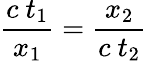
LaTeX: {\frac{c\ t_{1}}{x_{1}}}={\frac{x_{2}}{c\ t_{2}}}